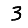
Digit: 3